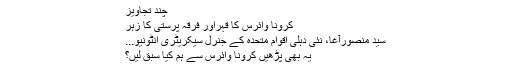
چند تجاویز
کرونا وائرس کا قہراور فرقہ پرستی کا زہر
سید منصورآغا، نئی دہلی اقوام متحدہ کے جنرل سیکریٹری انٹونیو...
یہ بھی پڑھیں کرونا وائرس سے ہم کیا سبق لیں؟